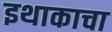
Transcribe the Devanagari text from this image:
इथाकाचा